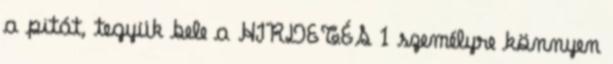
a pitát, tegyük bele a HIRDETÉS 1 személyre könnyen